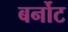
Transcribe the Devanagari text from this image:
बर्नोट